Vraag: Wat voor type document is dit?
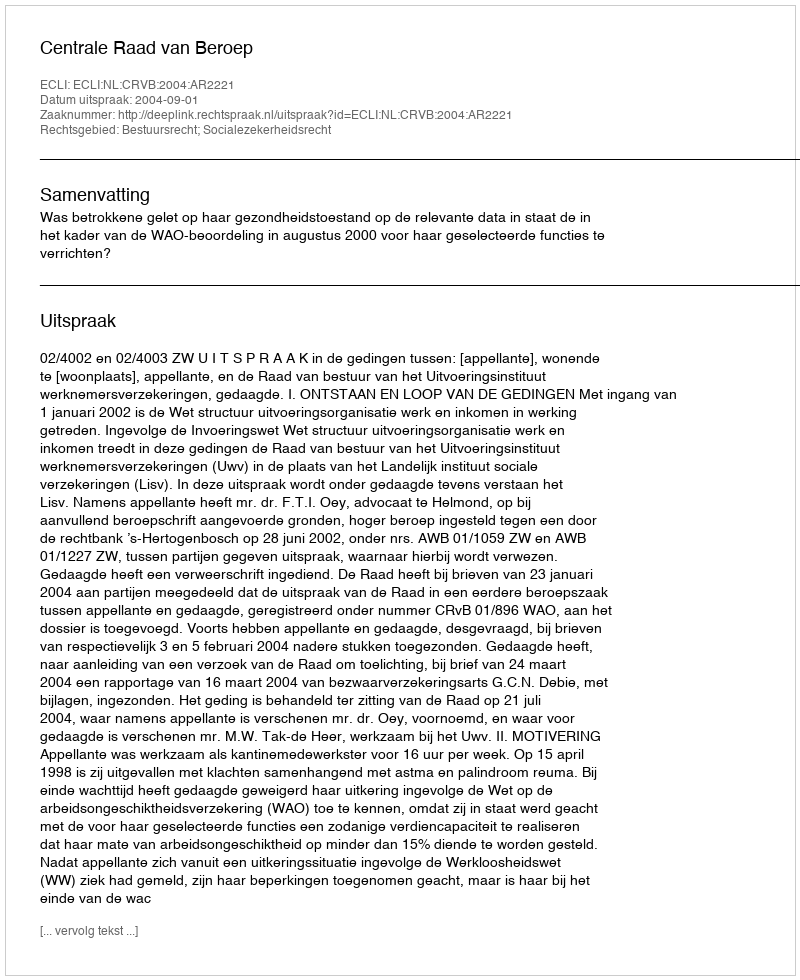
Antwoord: Uitspraak